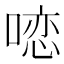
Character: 𱓽